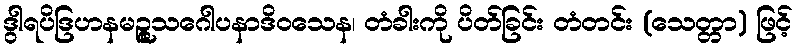
ဒွါရပိဒြဟနမဉ္ဇူသဂေါပနာဒိဝသေန၊ တံခါးကို ပိတ်ခြင်း တံတင်း (သေတ္တာ) ဖြင့်